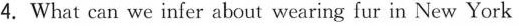
4.What can we infer about wearing fur in New York